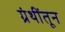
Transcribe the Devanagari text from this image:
ग्रंथींतून